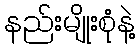
နည်းမျိုးစုံနဲ့